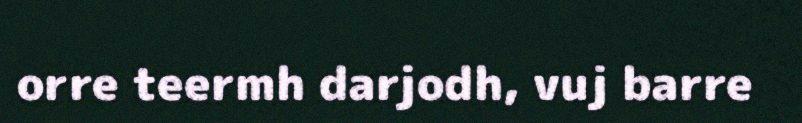
orre teermh darjodh, vuj barre